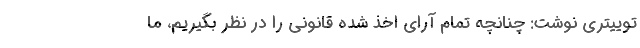
توییتری نوشت: چنانچه تمام آرای اخذ شده قانونی را در نظر بگیریم، ما